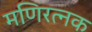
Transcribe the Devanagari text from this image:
मणिरत्‍नक